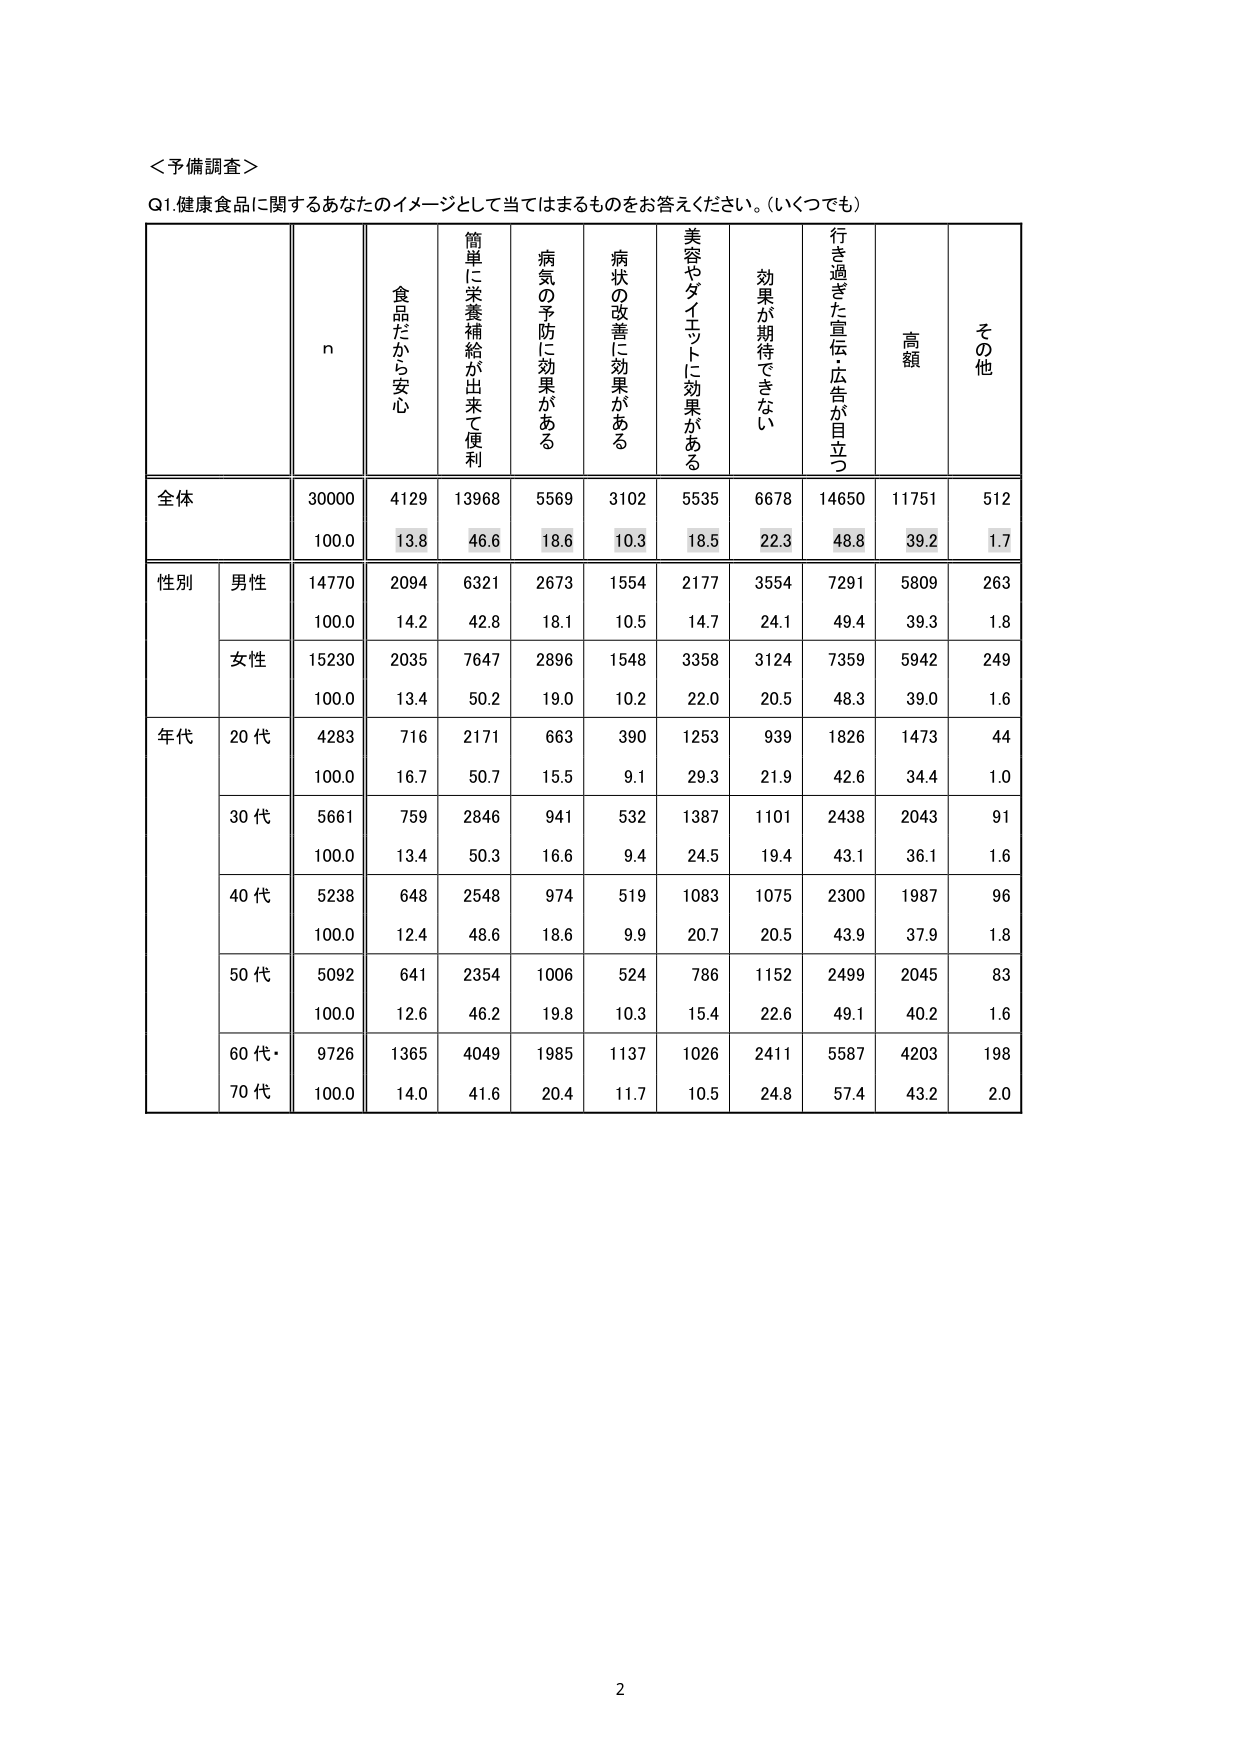
＜予備調査＞
Q1.健康食品に関するあなたのイメージとして当てはまるものをお答えください。(いくつでも)

n
食品だから安心
簡単に栄養補給が出来て便利
病気の予防に効果がある
病状の改善に効果がある
美容やダイエットに効果がある
効果が期待できない
行き過ぎた宣伝・広告が目立つ
高額
その他

全体
30000
4129
13968
5569
3102
5535
6678
14650
11751
512
100.0
13.8
46.6
18.6
10.3
18.5
22.3
48.8
39.2
1.7

性別
男性
14770
2094
6321
2673
1554
2177
3554
7291
5809
263
100.0
14.2
42.8
18.1
10.5
14.7
24.1
49.4
39.3
1.8
女性
15230
2035
7647
2896
1548
3358
3124
7359
5942
249
100.0
13.4
50.2
19.0
10.2
22.0
20.5
48.3
39.0
1.6

年代
20代
4283
716
2171
663
390
1253
939
1826
1473
44
100.0
16.7
50.7
15.5
9.1
29.3
21.9
42.6
34.4
1.0
30代
5661
759
2846
941
532
1387
1101
2438
2043
91
100.0
13.4
50.3
16.6
9.4
24.5
19.4
43.1
36.1
1.6
40代
5238
648
2548
974
519
1083
1075
2300
1987
96
100.0
12.4
48.6
18.6
9.9
20.7
20.5
43.9
37.9
1.8
50代
5092
641
2354
1006
524
786
1152
2499
2045
83
100.0
12.6
46.2
19.8
10.3
15.4
22.6
49.1
40.2
1.6
60代・70代
9726
1365
4049
1985
1137
1026
2411
5587
4203
198
100.0
14.0
41.6
20.4
11.7
10.5
24.8
57.4
43.2
2.0

2